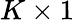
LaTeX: K\times 1